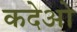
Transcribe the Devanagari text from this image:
कदेओ